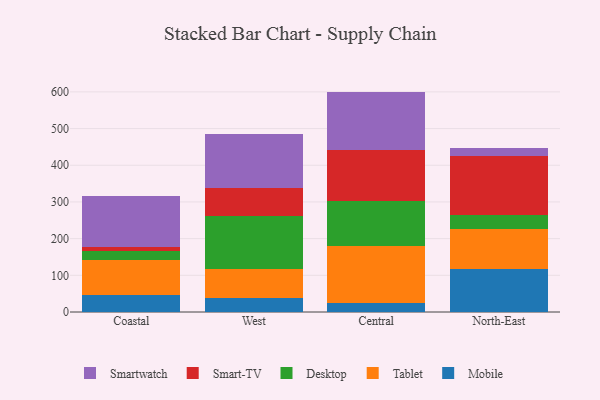
{"axis": {"x": "Region", "y": "Temperature (°C)"}, "legend": ["Desktop", "Mobile", "Smart-TV", "Smartwatch", "Tablet"], "data": [{"x": "Coastal", "y": 47.7, "type": "Mobile"}, {"x": "Coastal", "y": 93.7, "type": "Tablet"}, {"x": "Coastal", "y": 24.1, "type": "Desktop"}, {"x": "Coastal", "y": 12.7, "type": "Smart-TV"}, {"x": "Coastal", "y": 139.1, "type": "Smartwatch"}, {"x": "West", "y": 38.3, "type": "Mobile"}, {"x": "West", "y": 79.0, "type": "Tablet"}, {"x": "West", "y": 144.3, "type": "Desktop"}, {"x": "West", "y": 77.2, "type": "Smart-TV"}, {"x": "West", "y": 145.4, "type": "Smartwatch"}, {"x": "Central", "y": 24.0, "type": "Mobile"}, {"x": "Central", "y": 155.7, "type": "Tablet"}, {"x": "Central", "y": 122.6, "type": "Desktop"}, {"x": "Central", "y": 138.2, "type": "Smart-TV"}, {"x": "Central", "y": 160.3, "type": "Smartwatch"}, {"x": "North-East", "y": 116.7, "type": "Mobile"}, {"x": "North-East", "y": 109.1, "type": "Tablet"}, {"x": "North-East", "y": 39.4, "type": "Desktop"}, {"x": "North-East", "y": 158.7, "type": "Smart-TV"}, {"x": "North-East", "y": 22.0, "type": "Smartwatch"}]}